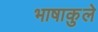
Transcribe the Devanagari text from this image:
भाषाकुले